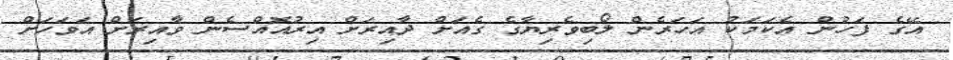
އޭގެ ފަހުން އެކަމަކު އަހަރެން ލޯބިވެރިޔާގެ ގެއަށް ދާއިރަށް އިރުއޮއްސެން ވާއިރަށް އަވަހަށް